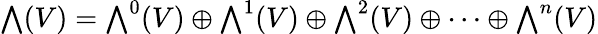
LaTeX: {\textstyle\bigwedge}(V)={\textstyle\bigwedge}^{0}(V)\oplus{\textstyle\bigwedge}^{1}(V)\oplus{\textstyle\bigwedge}^{2}(V)\oplus\cdots\oplus{\textstyle\bigwedge}^{n}(V)